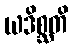
ယဒိစ္ဆတိ